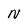
Character: N